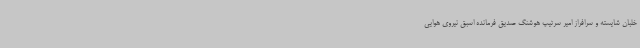
خلبان شایسته و سرافراز امیر سرتیپ هوشنگ صدیق فرمانده اسبق نیروی هوایی